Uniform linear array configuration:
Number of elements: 16
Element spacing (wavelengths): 1
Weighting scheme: binomial
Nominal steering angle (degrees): -15
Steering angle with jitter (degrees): -13.095
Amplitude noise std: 0.05
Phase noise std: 0.05

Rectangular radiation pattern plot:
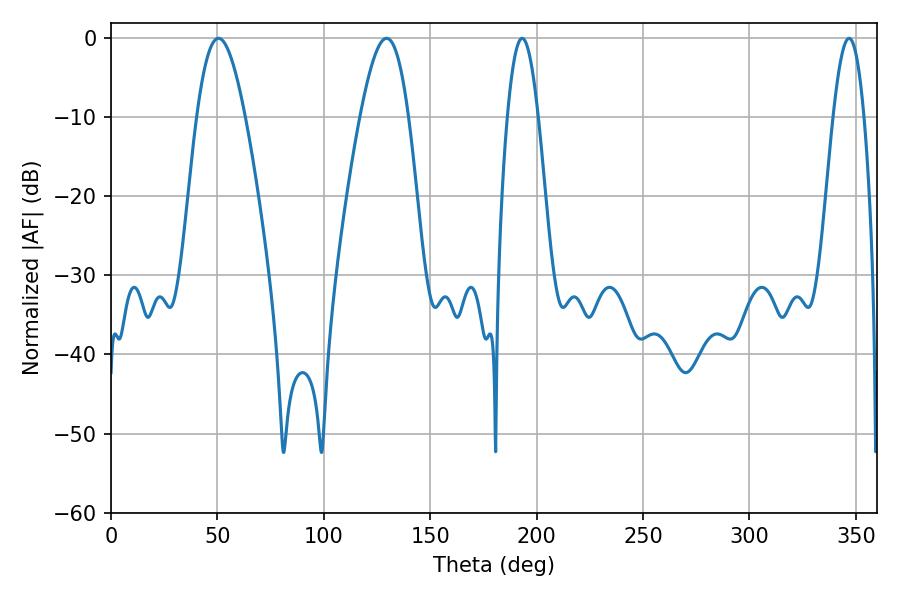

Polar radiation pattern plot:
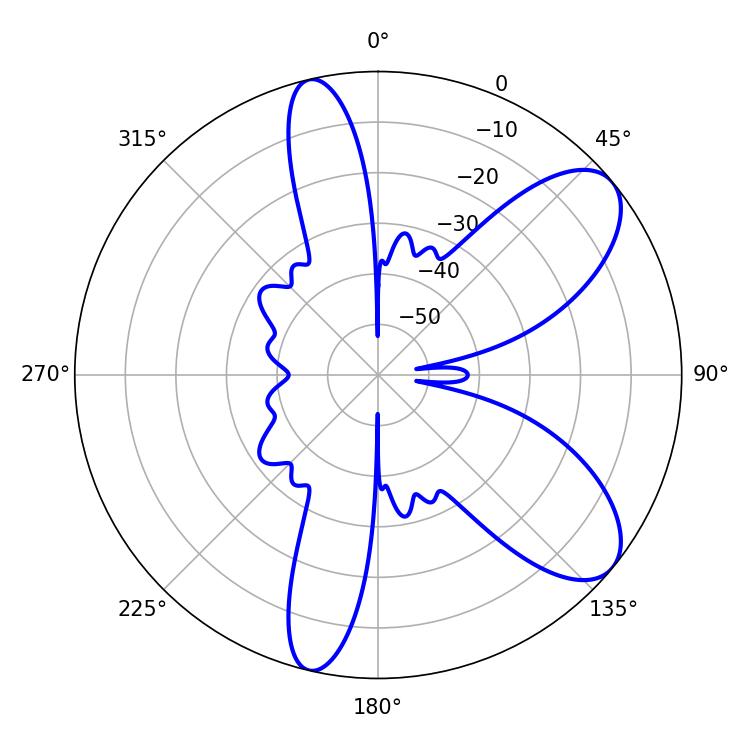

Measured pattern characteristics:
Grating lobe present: TRUE
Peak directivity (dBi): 8.363
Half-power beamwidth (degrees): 12.24
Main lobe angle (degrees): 50.58